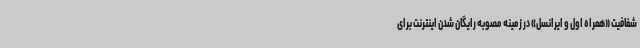
شفافیت «همراه اول و ایرانسل» در زمینه مصوبه رایگان شدن اینترنت برای